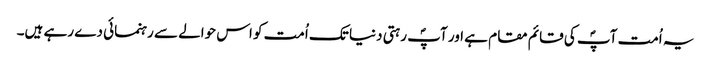
یہ اُمت آپؐ کی قائم مقام ہے اور آپؐ رہتی دنیا تک اُمت کو اس حوالے سے رہنمائی دے رہے ہیں۔